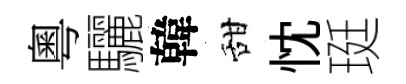
粵驪韓甜忱珽